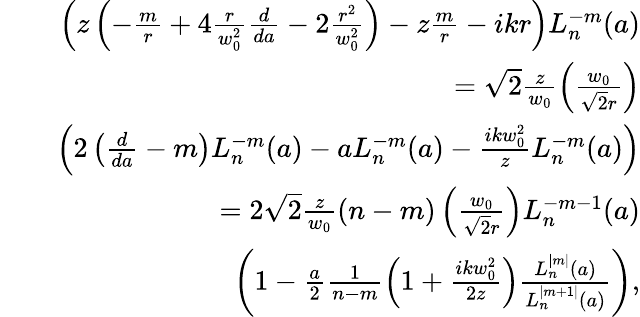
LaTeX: \begin{array}{rlr}&{}&{\left(z\left(-\frac{m}{r}+4\frac{r}{w_{0}^{2}}\frac{d}{da}-2\frac{r^{2}}{w_{0}^{2}}\right)-z\frac{m}{r}-ikr\right)L_{n}^{-m}(a)}\\ &{}&{=\sqrt{2}\frac{z}{w_{0}}\left(\frac{w_{0}}{\sqrt{2}r}\right)}\\ &{}&{\left(2\left(\frac{d}{da}-m\right)L_{n}^{-m}(a)-aL_{n}^{-m}(a)-\frac{ikw_{0}^{2}}{z}L_{n}^{-m}(a)\right)}\\ &{}&{=2\sqrt{2}\frac{z}{w_{0}}(n-m)\left(\frac{w_{0}}{\sqrt{2}r}\right)L_{n}^{-m-1}(a)}\\ &{}&{\left(1-\frac{a}{2}\frac{1}{n-m}\left(1+\frac{ikw_{0}^{2}}{2z}\right)\frac{L_{n}^{|m|}(a)}{L_{n}^{|m+1|}(a)}\right),}\end{array}